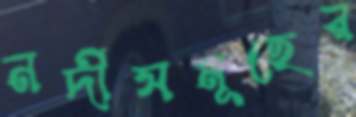
নদীসমূহের